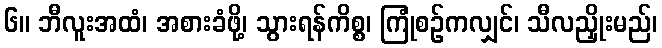
၆။ ဘီလူးအထံ၊ အစားခံဖို့၊ သွားရန်ကိစ္စ၊ ကြုံစဉ်ကလျှင်၊ သီလညှိုးမည်၊